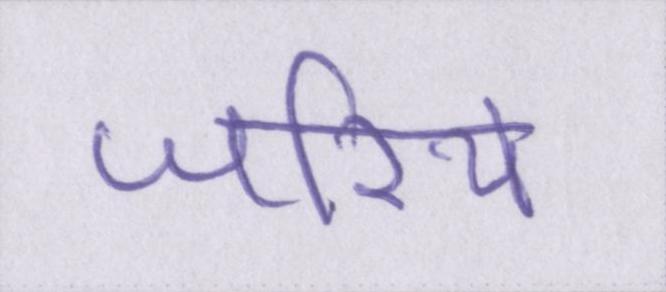
जरिये